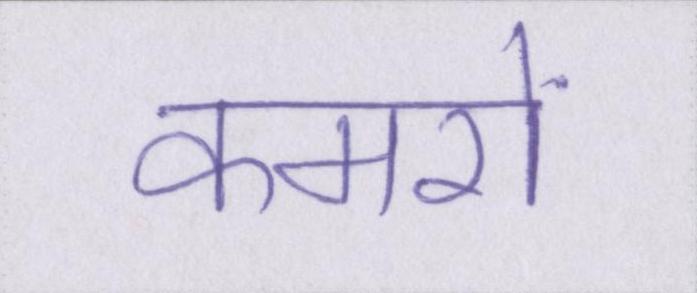
कमरों